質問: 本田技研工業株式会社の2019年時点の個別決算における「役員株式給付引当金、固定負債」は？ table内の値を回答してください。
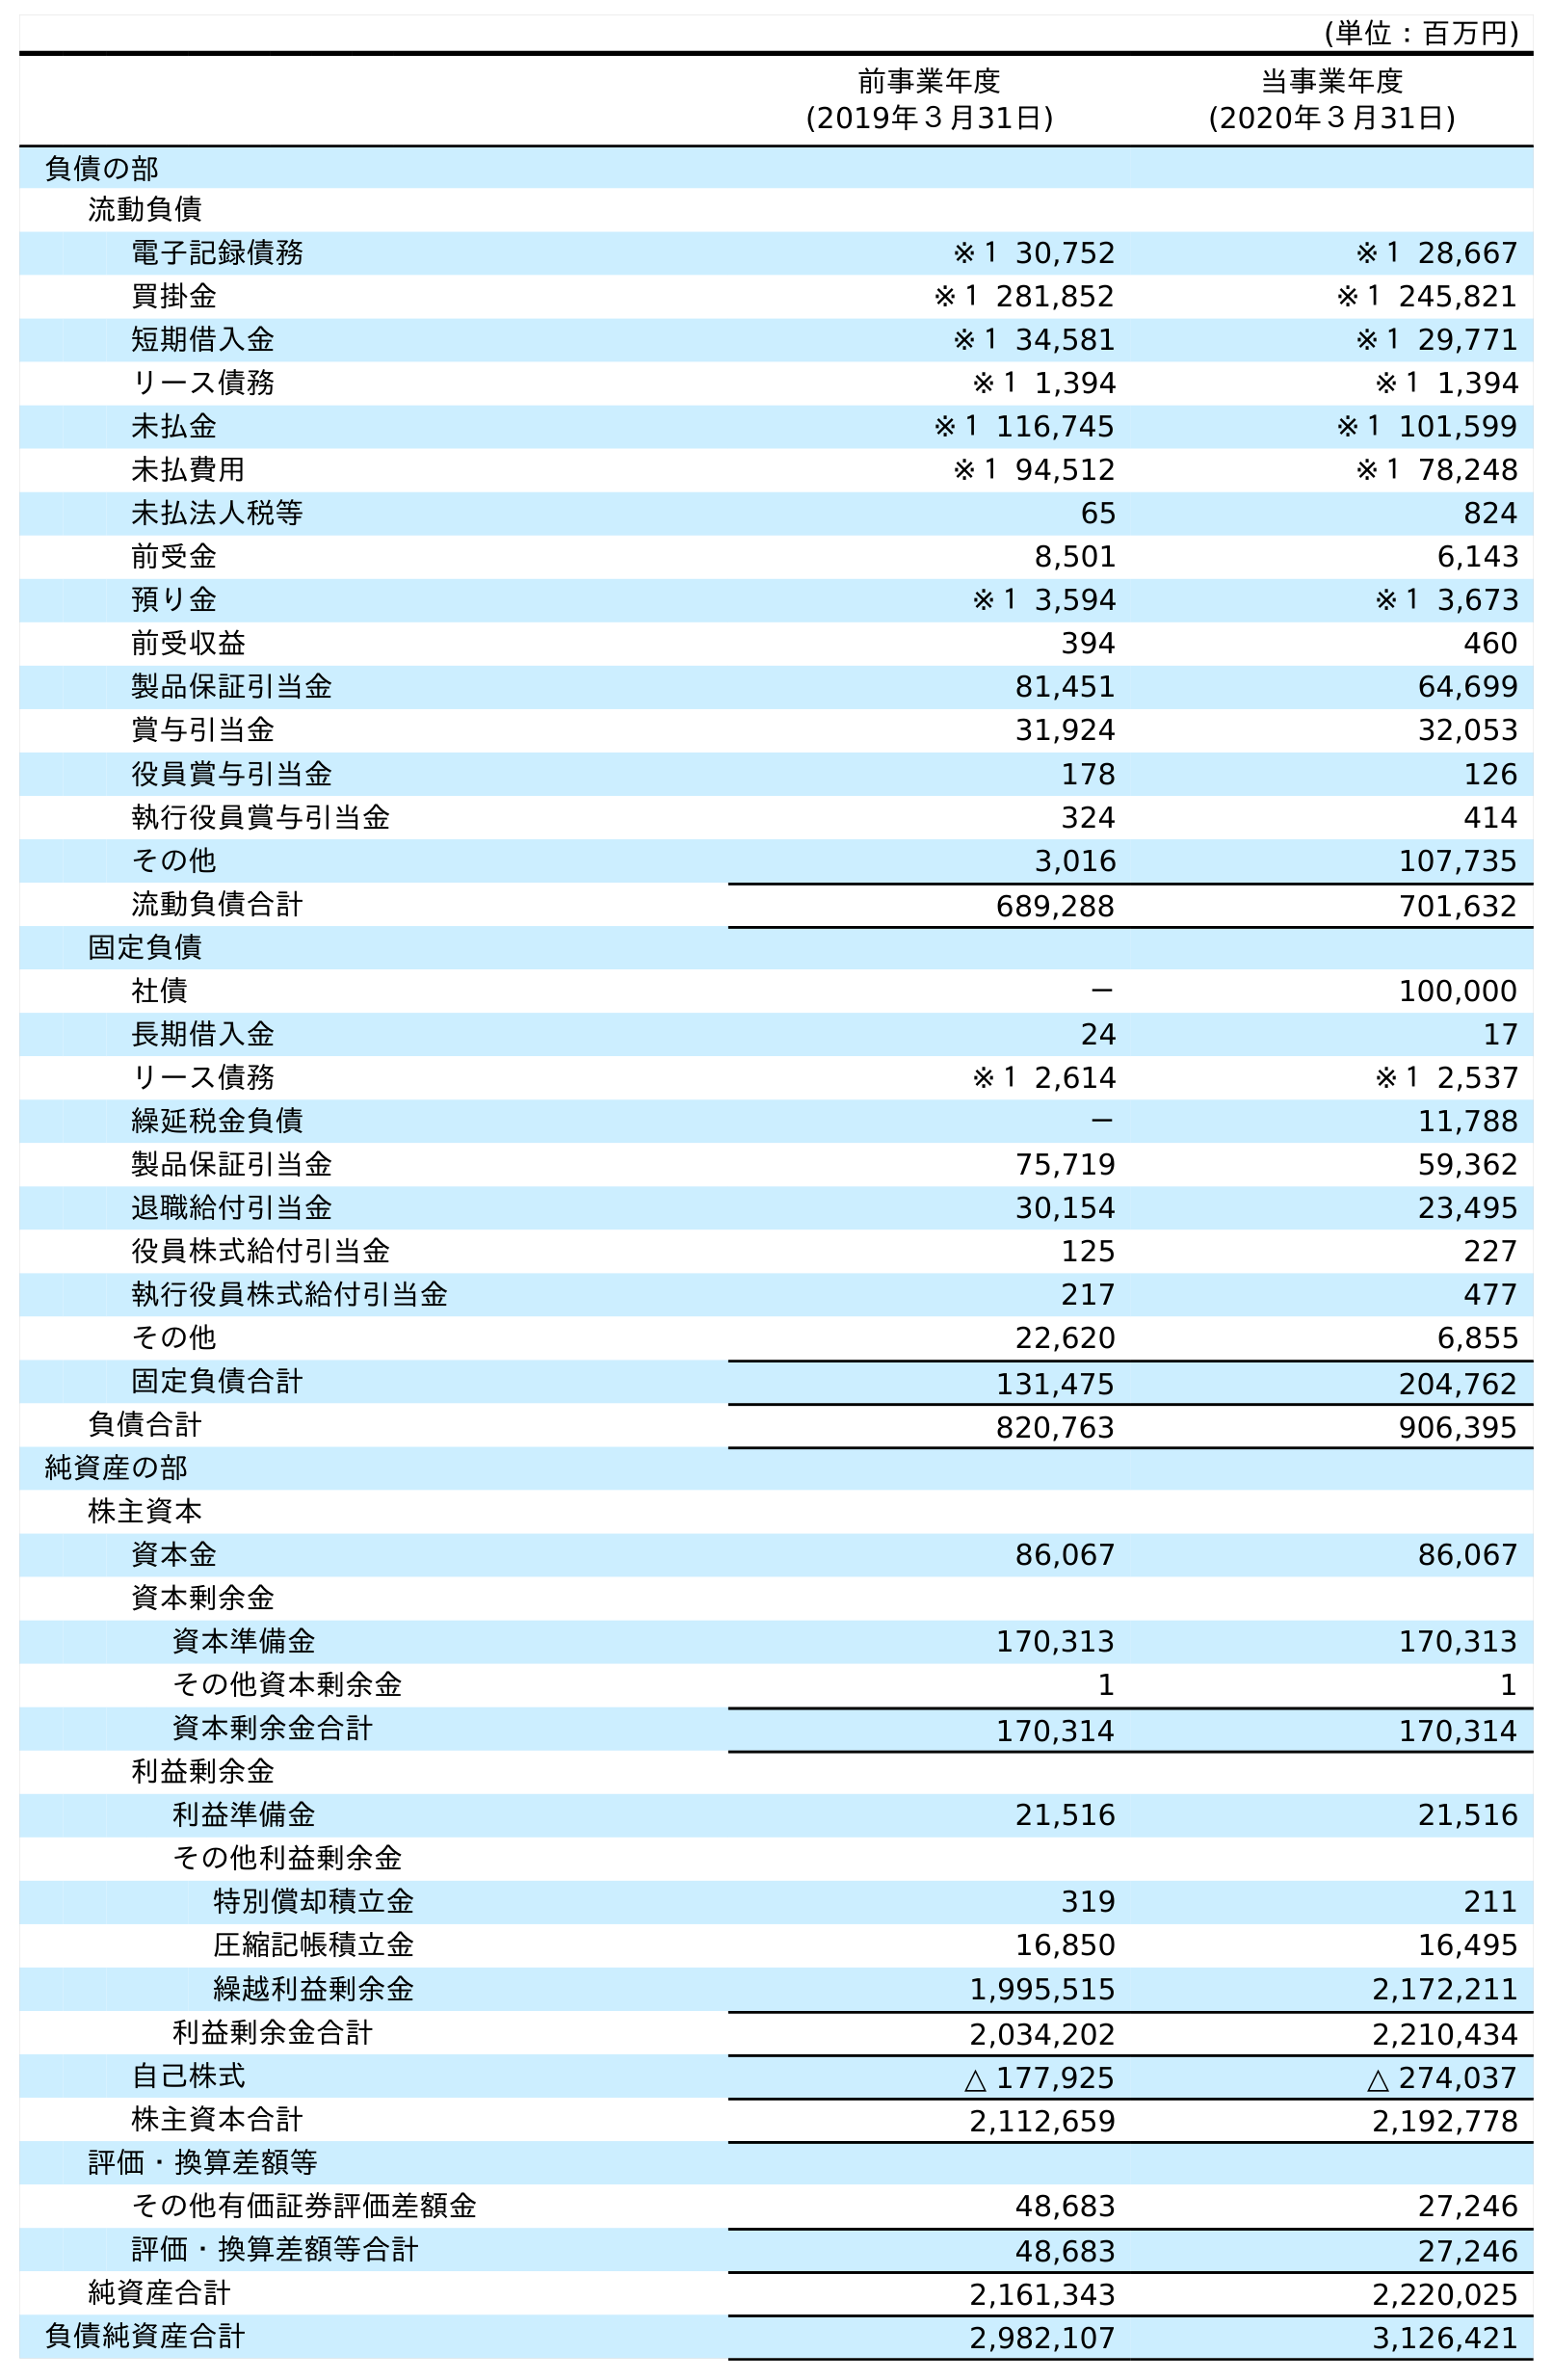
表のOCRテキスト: (単位：百万円) 前事業年度 (2019年３月31日) 当事業年度 (2020年３月31日) 負債の部 流動負債 電子記録債務 ※１ 30,752 ※１ 28,667 買掛金 ※１ 281,852 ※１ 245,821 短期借入金 ※１ 34,581 ※１ 29,771 リース債務 ※１ 1,394 ※１ 1,394 未払金 ※１ 116,745 ※１ 101,599 未払費用 ※１ 94,512 ※１ 78,248 未払法人税等 65 824 前受金 8,501 6,143 預り金 ※１ 3,594 ※１ 3,673 前受収益 394 460 製品保証引当金 81,451 64,699 賞与引当金 31,924 32,053 役員賞与引当金 178 126 執行役員賞与引当金 324 414 その他 3,016 107,735 流動負債合計 689,288 701,632 固定負債 社債 － 100,000 長期借入金 24 17 リース債務 ※１ 2,614 ※１ 2,537 繰延税金負債 － 11,788 製品保証引当金 75,719 59,362 退職給付引当金 30,154 23,495 役員株式給付引当金 125 227 執行役員株式給付引当金 217 477 その他 22,620 6,855 固定負債合計 131,475 204,762 負債合計 820,763 906,395 純資産の部 株主資本 資本金 86,067 86,067 資本剰余金 資本準備金 170,313 170,313 その他資本剰余金 1 1 資本剰余金合計 170,314 170,314 利益剰余金 利益準備金 21,516 21,516 その他利益剰余金 特別償却積立金 319 211 圧縮記帳積立金 16,850 16,495 繰越利益剰余金 1,995,515 2,172,211 利益剰余金合計 2,034,202 2,210,434 自己株式 △ 177,925 △ 274,037 株主資本合計 2,112,659 2,192,778 評価・換算差額等 その他有価証券評価差額金 48,683 27,246 評価・換算差額等合計 48,683 27,246 純資産合計 2,161,343 2,220,025 負債純資産合計 2,982,107 3,126,421
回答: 125